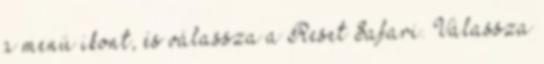
a menü ikont, és válassza a Reset Safari. Válassza